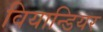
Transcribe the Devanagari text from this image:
वियान्डियर